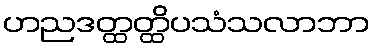
ဟညဒတ္ထတ္ထိပသံသလာဘာ